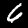
Digit: 6